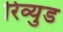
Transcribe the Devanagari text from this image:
रिव्युड